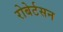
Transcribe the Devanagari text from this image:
रोबेर्टसन